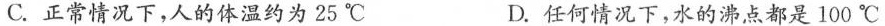
C.正常情况下，人的体温约为25℃ D.任何情况下，水的沸点都是100℃